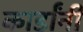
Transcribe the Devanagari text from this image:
कार्डांनी